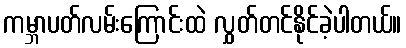
ကမ္ဘာပတ်လမ်းကြောင်းထဲ လွှတ်တင်နိုင်ခဲ့ပါတယ်။